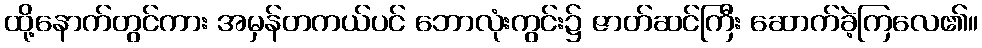
ထို့နောက်တွင်ကား အမှန်တကယ်ပင် ဘောလုံးကွင်း၌ ဇာတ်ဆင်ကြီး ဆောက်ခဲ့ကြလေ၏။